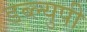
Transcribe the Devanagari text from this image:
डब्ल्युपी